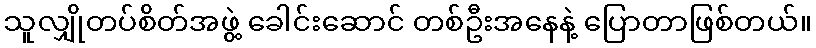
သူလျှိုတပ်စိတ်အဖွဲ့ ခေါင်းဆောင် တစ်ဦးအနေနဲ့ ပြောတာဖြစ်တယ်။